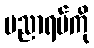
ပညာရပ်ကို